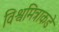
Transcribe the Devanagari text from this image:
विश्वमित्राकडे